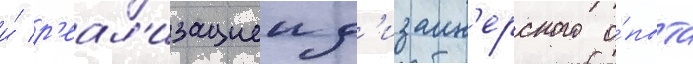
и́ р'еал'изациеи д'изаин'ерского о́пыта